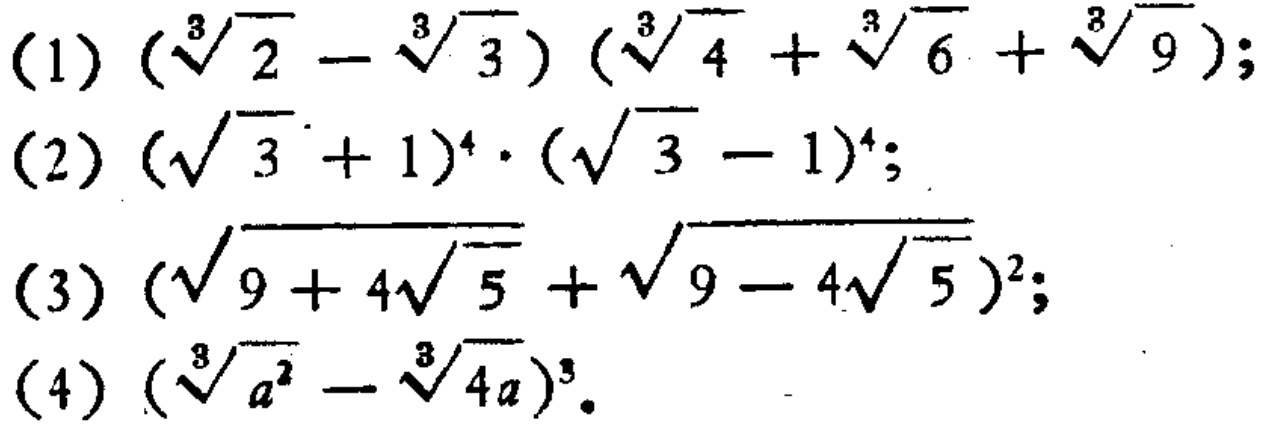
(1) \((\sqrt[3]{2}-\sqrt[3]{3})(\sqrt[3]{4}+\sqrt[3]{6}+\sqrt[3]{9})\);
(2) \((\sqrt{3}+1)^{4}\cdot(\sqrt{3}-1)^{4}\);
(3) \((\sqrt{9 + 4\sqrt{5}}+\sqrt{9 - 4\sqrt{5}})^{2}\);
(4) \((\sqrt[3]{a^{2}}-\sqrt[3]{4a})^{3}\).